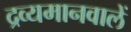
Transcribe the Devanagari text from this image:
द्रव्यमानवालें